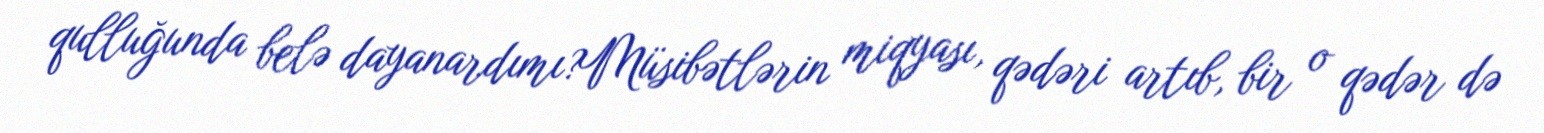
qulluğunda belə dayanardımı?Müsibətlərin miqyası, qədəri artıb, bir o qədər də